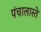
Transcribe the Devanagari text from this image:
पंचालास्ते